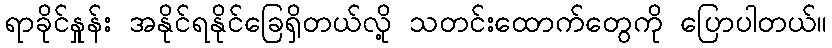
ရာခိုင်နှုန်း အနိုင်ရနိုင်ခြေရှိတယ်လို့ သတင်းထောက်တွေကို ပြောပါတယ်။